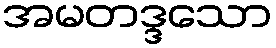
အမတဒ္ဒသော